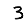
Digit: 3